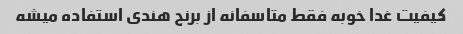
کیفیت غدا خوبه فقط متاسفانه از برنج هندی استفاده میشه